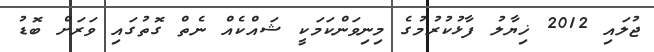
ޖުލައި 2012 ޚިޔާލު ފާޅުކުރުމުގެ މިނިވަންކަމަކީ ޝައްކެއް ނެތް ގޮތުގައި ވަރަށް ބޮޑު